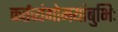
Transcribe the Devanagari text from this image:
कर्तव्यंगोमयांबुभिः